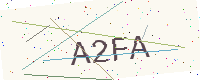
Text: A2FA